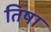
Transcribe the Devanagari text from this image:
तिषा